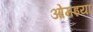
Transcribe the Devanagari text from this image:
ओमइया